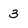
Character: 3